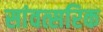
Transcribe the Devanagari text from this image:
सांवत्सरिक